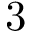
3